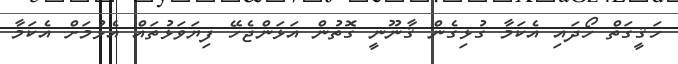
ހަޤީގަތް ހޯދައި އެކަމާ ގުޅިގެން ޤާނޫނީ ގޮތުން އަޅަންޖެހޭ ފިޔަވަޅުތައް އެޅުމަށް އެކަމާ